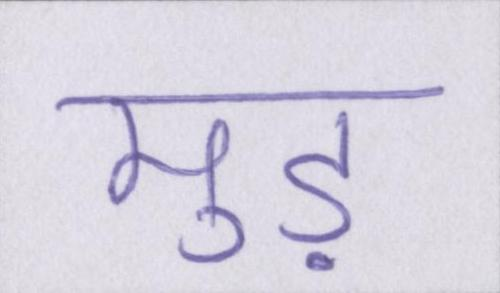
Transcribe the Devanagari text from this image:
मुड़